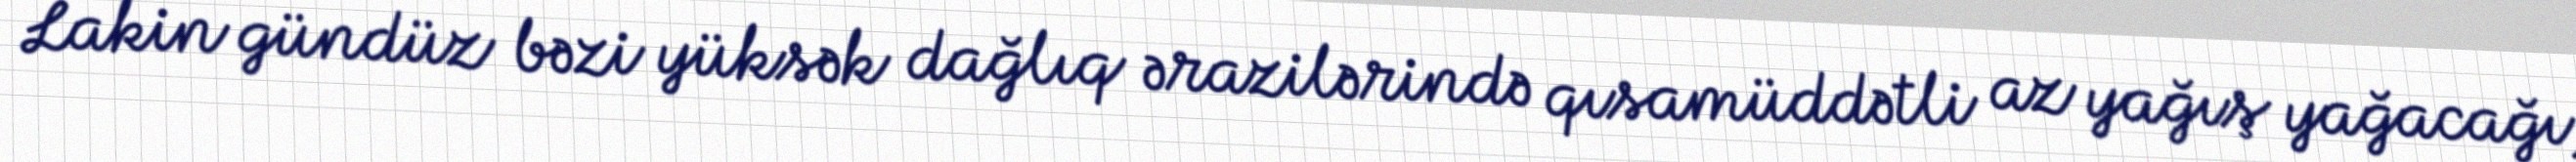
Lakin gündüz bəzi yüksək dağlıq ərazilərində qısamüddətli az yağış yağacağı,